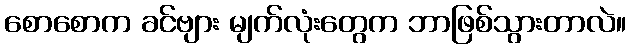
စောစောက ခင်ဗျား မျက်လုံးတွေက ဘာဖြစ်သွားတာလဲ။